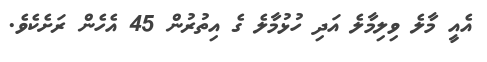
އެއީ މާލެ ވިލިމާލެ އަދި ހުޅުމާލެ ގެ އިތުރުން 45 އެހެން ރަށެކެވެ.